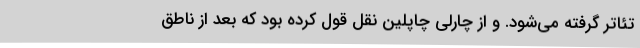
تئاتر گرفته می‌شود. و از چارلی چاپلین نقل قول کرده بود که بعد از ناطق